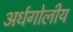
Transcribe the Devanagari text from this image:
अर्धगोलीय